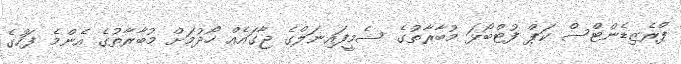
ޕްރެޒިޑެންޓްސް ކަޕް ފުޓްބޯޅަ މުބާރާތުގެ ސެމީފައިނަލްގެ ޖާގައެއް ހޯދުމަށް މުބާރާތުގެ އެންމެ ފަހުގެ